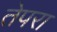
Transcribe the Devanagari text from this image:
तेपरा